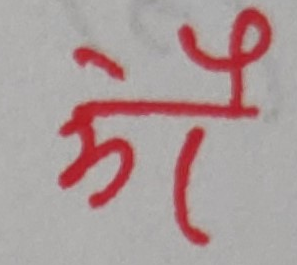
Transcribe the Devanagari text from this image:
औ